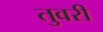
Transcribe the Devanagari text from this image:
तुवरी